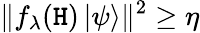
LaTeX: \| f_{\lambda}(\mathtt{H})\left|\psi\right\rangle\| ^{2}\geq\eta